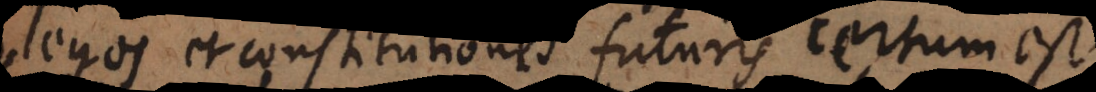
Leges et constitutiones futuris certum est